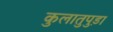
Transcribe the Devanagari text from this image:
कुलातुपुड़ा